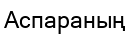
Аспараның